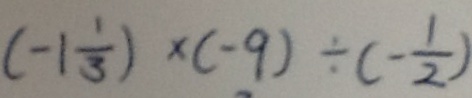
( - 1 \frac { 1 } { 3 } ) \times ( - 9 ) \div ( - \frac { 1 } { 2 } )